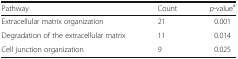
<table><thead><tr><td><b>Pathway</b></td><td><b>Count</b></td><td><b><i>p</i>-value<sup>a</sup></b></td></tr></thead><tbody><tr><td>Extracellular matrix organization</td><td>21</td><td>0.001</td></tr><tr><td>Degradation of the extracellular matrix</td><td>11</td><td>0.014</td></tr><tr><td>Cell junction organization</td><td>9</td><td>0.025</td></tr></tbody></table>